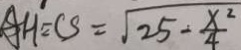
A H ^ { \prime } = C S = \sqrt { 2 5 \div \frac { x ^ { 2 } } { 4 } }